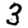
Digit: 3